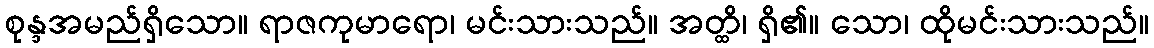
စုန္ဒအမည်ရှိသော။ ရာဇကုမာရော၊ မင်းသားသည်။ အတ္ထိ၊ ရှိ၏။ သော၊ ထိုမင်းသားသည်။